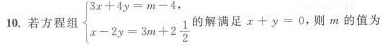
10.若方程组$$\begin {cases}